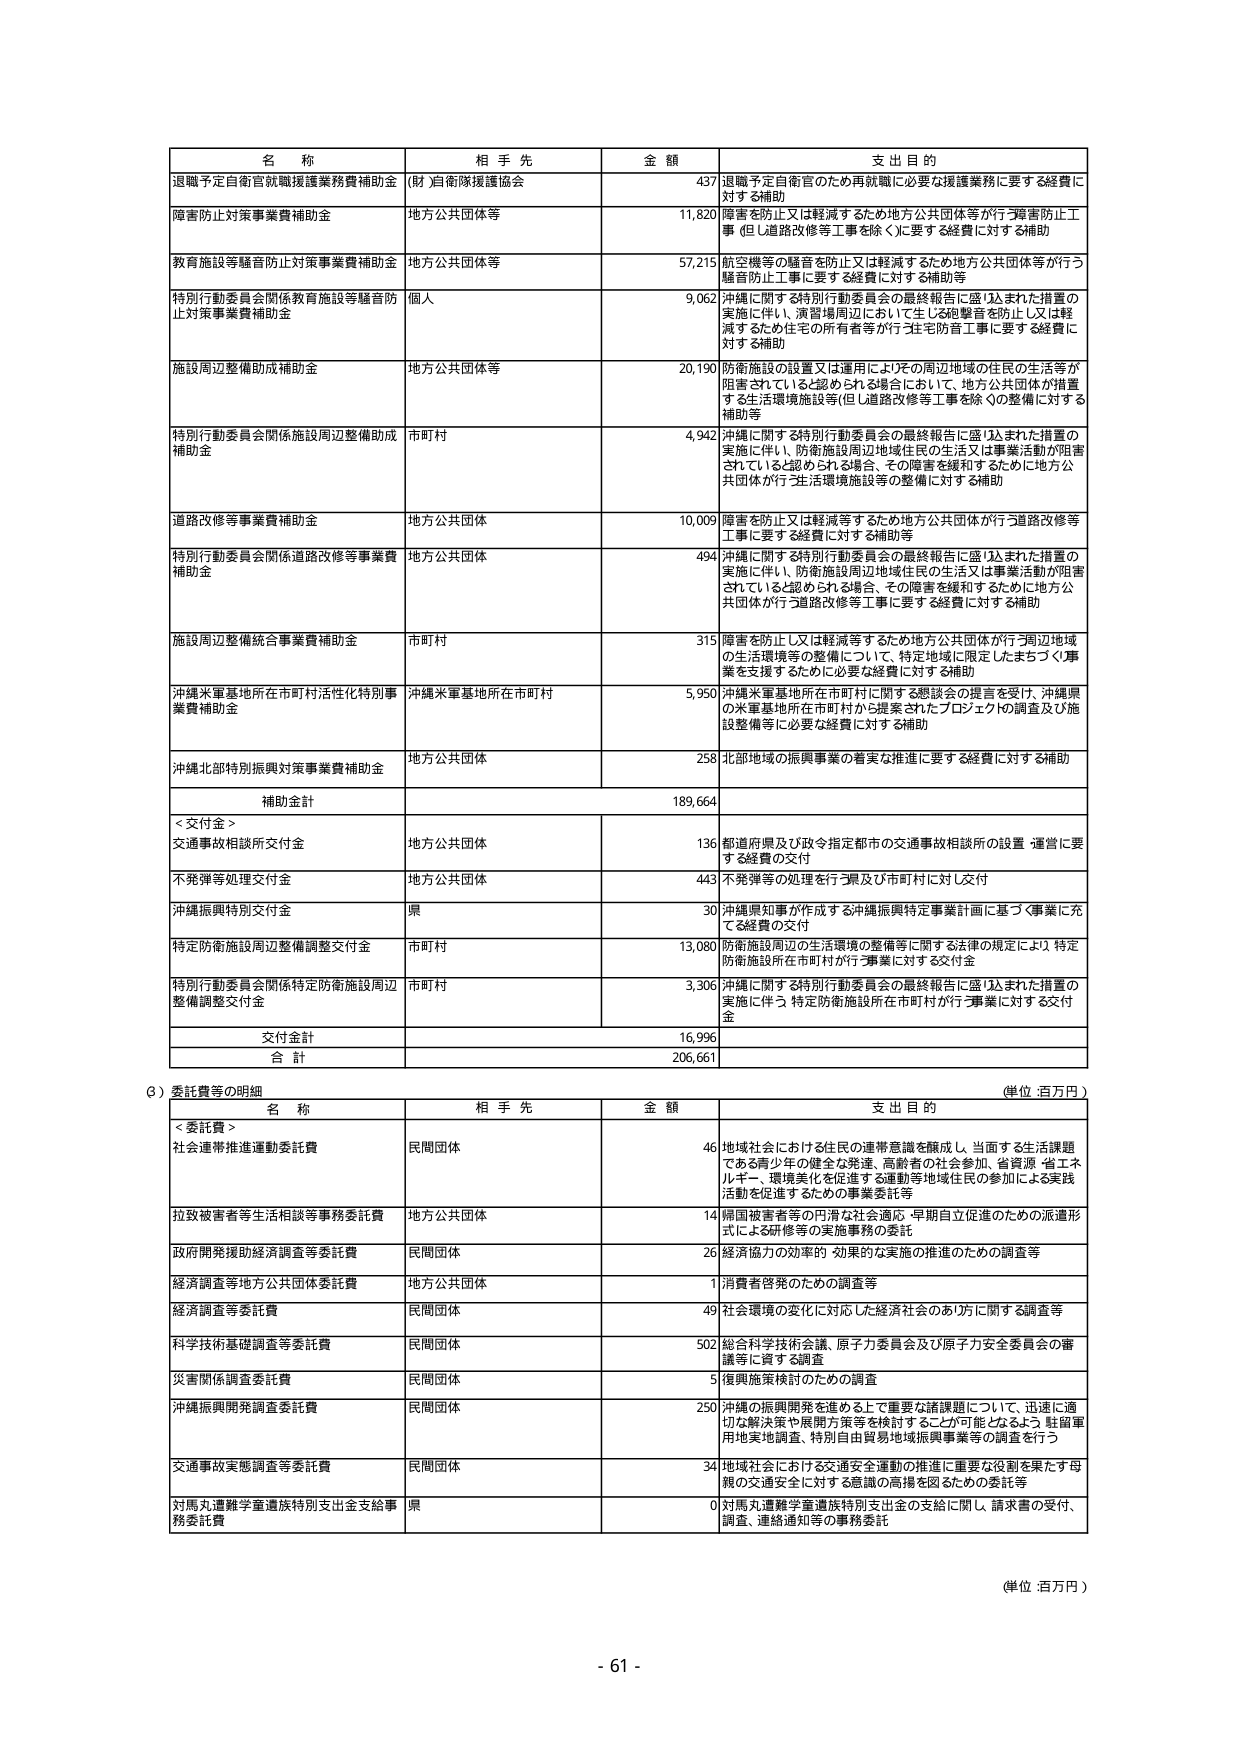
名 称
相 手 先
金 額
支 出 目 的
退職予定自衛官就職援護業務費補助金
(財)自衛隊援護協会
437
退職予定自衛官のため再就職に必要な援護業務に要する経費に対する補助
障害防止対策事業費補助金
地方公共団体等
11,820
障害を防止又は軽減するため地方公共団体等が行う障害防止工事（但し道路改修等工事を除く）に要する経費に対する補助
教育施設等騒音防止対策事業費補助金
地方公共団体等
57,215
航空機等の騒音を防止又は軽減するため地方公共団体等が行う騒音防止工事に要する経費に対する補助等
特別行動委員会関係教育施設等騒音防止対策事業費補助金
個人
9,062
沖縄に関する特別行動委員会の最終報告に盛り込まれた措置の実施に伴い、演習場周辺において生じる砲撃音を防止し又は軽減するため住宅の所有者等が行う住宅防音工事に要する経費に対する補助
施設周辺整備助成補助金
地方公共団体等
20,190
防衛施設の設置又は運用によりその周辺地域の住民の生活等が阻害されていると認められる場合において、地方公共団体が措置する生活環境施設等（但し道路改修等工事を除く）の整備に対する補助等
特別行動委員会関係施設周辺整備助成補助金
市町村
4,942
沖縄に関する特別行動委員会の最終報告に盛り込まれた措置の実施に伴い、防衛施設周辺地域住民の生活又は事業活動が阻害されていると認められる場合、その障害を緩和するために地方公共団体が行う生活環境施設等の整備に対する補助
道路改修等事業費補助金
地方公共団体
10,009
障害を防止又は軽減等するため地方公共団体が行う道路改修等工事に要する経費に対する補助等
特別行動委員会関係道路改修等事業費補助金
地方公共団体
494
沖縄に関する特別行動委員会の最終報告に盛り込まれた措置の実施に伴い、防衛施設周辺地域住民の生活又は事業活動が阻害されていると認められる場合、その障害を緩和するために地方公共団体が行う道路改修等工事に要する経費に対する補助
施設周辺整備統合事業費補助金
市町村
315
障害を防止又は軽減等するため地方公共団体が行う周辺地域の生活環境等の整備について、特定地域に限定したまちづくり事業を支援するために必要な経費に対する補助
沖縄米軍基地所在市町村活性化特別事業費補助金
沖縄米軍基地所在市町村
5,950
沖縄米軍基地所在市町村にに関する懸談会の提言を受け、沖縄県の米軍基地所在市町村から提案されたプロジェクトの調査及び施設整備等に必要な経費に対する補助
沖縄北部特別振興対策事業費補助金
地方公共団体
258
北部地域の振興事業の着実な推進に要する経費に対する補助
補助金計
189,664
＜交付金＞
交通事故相談所交付金
地方公共団体
136
都道府県及び政令指定都市の交通事故相談所の設置・運営に要する経費の交付
不発弾等処理交付金
地方公共団体
443
不発弾等の処理を行う県及び市町村に対し交付
沖縄振興特別交付金
県
30
沖縄県知事が作成する沖縄振興特定事業計画に基づく事業に充てる経費の交付
特定防衛施設周辺整備調整交付金
市町村
13,080
防衛施設周辺の生活環境の整備等に関する法律の規定により、特定防衛施設所在市町村が行う事業に対する交付金
特別行動委員会関係特定防衛施設周辺整備調整交付金
市町村
3,306
沖縄に関する特別行動委員会の最終報告に盛り込まれた措置の実施に伴う、特定防衛施設所在市町村が行う事業に対する交付金
交付金計
16,996
合 計
206,661
(3) 委託費等の明細
(単位：百万円)
名 称
相 手 先
金 額
支 出 目 的
＜委託費＞
社会連帯推進運動委託費
民間団体
46
地域社会における住民の連帯意識を醸成し、当面する生活課題である青少年の健全な発達、高齢者の社会参加、省資源・省エネルギー、環境美化を促進する運動等地域住民の参加による実践活動を促進するための事業委託等
拉致被害者等生活相談等事務委託費
地方公共団体
14
帰国被害者等の円滑な社会適応、早期自立促進のための派遣形式による研修等の実施事務の委託
政府開発援助経済調査等委託費
民間団体
26
経済協力の効率的・効果的な実施の推進のための調査等
経済調査等地方公共団体委託費
地方公共団体
1
消費者啓発のための調査等
経済調査等委託費
民間団体
49
社会環境の変化に対応した経済社会のあり方に関する調査等
科学技術基礎調査等委託費
民間団体
502
総合科学技術会議、原子力委員会及び原子力安全委員会の審議等に資する調査
災害関係調査委託費
民間団体
5
復興施策検討のための調査
沖縄振興開発調査委託費
民間団体
250
沖縄の振興開発を進める上で重要な諸課題について、迅速に適切な解決策や展開方策等を検討することが可能なよう、駐留軍用地実地調査、特別自由貿易地域振興事業等の調査を行う
交通事故実態調査等委託費
民間団体
34
地域社会における交通安全運動の推進に重要な役割を果たす母親の交通安全に対する意識の高揚を図るための委託等
対馬丸遭難学童遺族特別支出金支給事務委託費
県
0
対馬丸遭難学童遺族特別支出金の支給に関し、請求書の受付、調査、連絡通知等の事務委託
(単位：百万円)
- 61 -